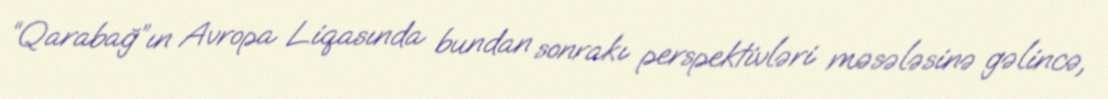
“Qarabağ”ın Avropa Liqasında bundan sonrakı perspektivləri məsələsinə gəlincə,